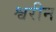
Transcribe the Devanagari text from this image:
श्वरीन